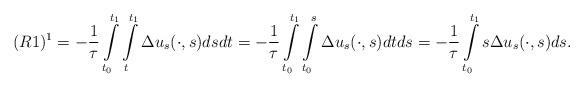
LaTeX: \begin{align*} (R1)^{1}=-\frac{1}{\tau}\int\limits^{t_1}_{t_0}\int\limits^{t_1}_{t}\Delta u_s(\cdot,s)dsdt=-\frac{1}{\tau}\int\limits^{t_1}_{t_0}\int\limits^{s}_{t_0}\Delta u_s(\cdot,s)dtds=-\frac{1}{\tau}\int\limits^{t_1}_{t_0}s\Delta u_s(\cdot,s)ds. \end{align*}